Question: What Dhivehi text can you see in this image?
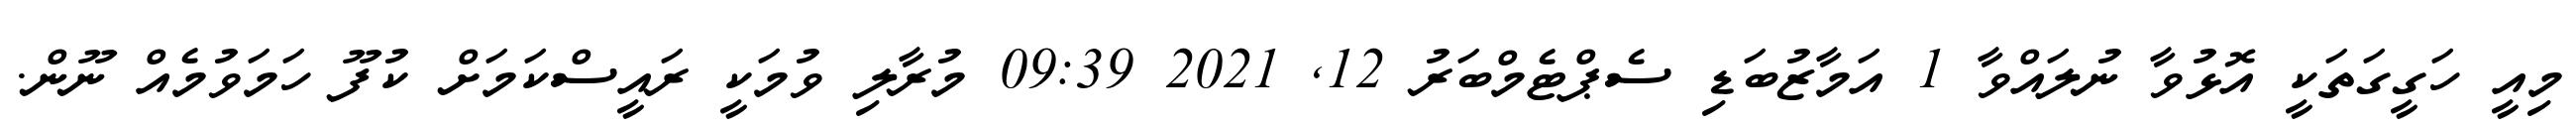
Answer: މިއީ ހަގީގަތަކީ އޮޅުވާ ނުލައްވާ 1 އަމާޒުބަޑި ސެޕްޓެމްބަރު 12, 2021 09:39 މުރާލި ވުމަކީ ރައީސްކަމަށް ކުފޫ ހަމަވުމެއް ނޫން.